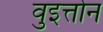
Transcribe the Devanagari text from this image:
वुइत्तोन